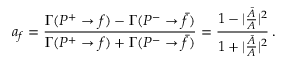
a _ { f } = \frac { \Gamma ( P ^ { + } \rightarrow f ) - \Gamma ( P ^ { - } \rightarrow \bar { f } ) } { \Gamma ( P ^ { + } \rightarrow f ) + \Gamma ( P ^ { - } \rightarrow \bar { f } ) } = \frac { 1 - | \frac { \bar { A } } { A } | ^ { 2 } } { 1 + | \frac { \bar { A } } { A } | ^ { 2 } } \, .